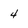
Character: 4